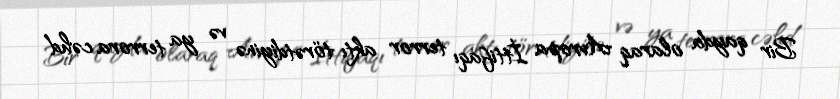
Bir qayda olaraq Avropa İttifaqı terror aktı törətdiyinə və ya terrora cəhd